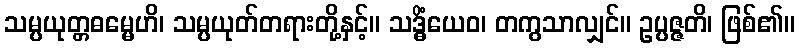
သမ္ပယုတ္တဓမ္မေဟိ၊ သမ္ပယုတ်တရားတို့နှင့်။ သဒ္ဓိံယေဝ၊ တကွသာလျှင်။ ဥပ္ပဇ္ဇတိ၊ ဖြစ်၏။